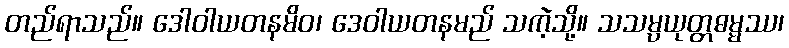
တည်ရာသည်။ ဒေါဝါယတနမိဝ၊ ဒေဝါယတနမည် သကဲ့သို့။ သသမ္ပယုတ္တဓမ္မဿ၊